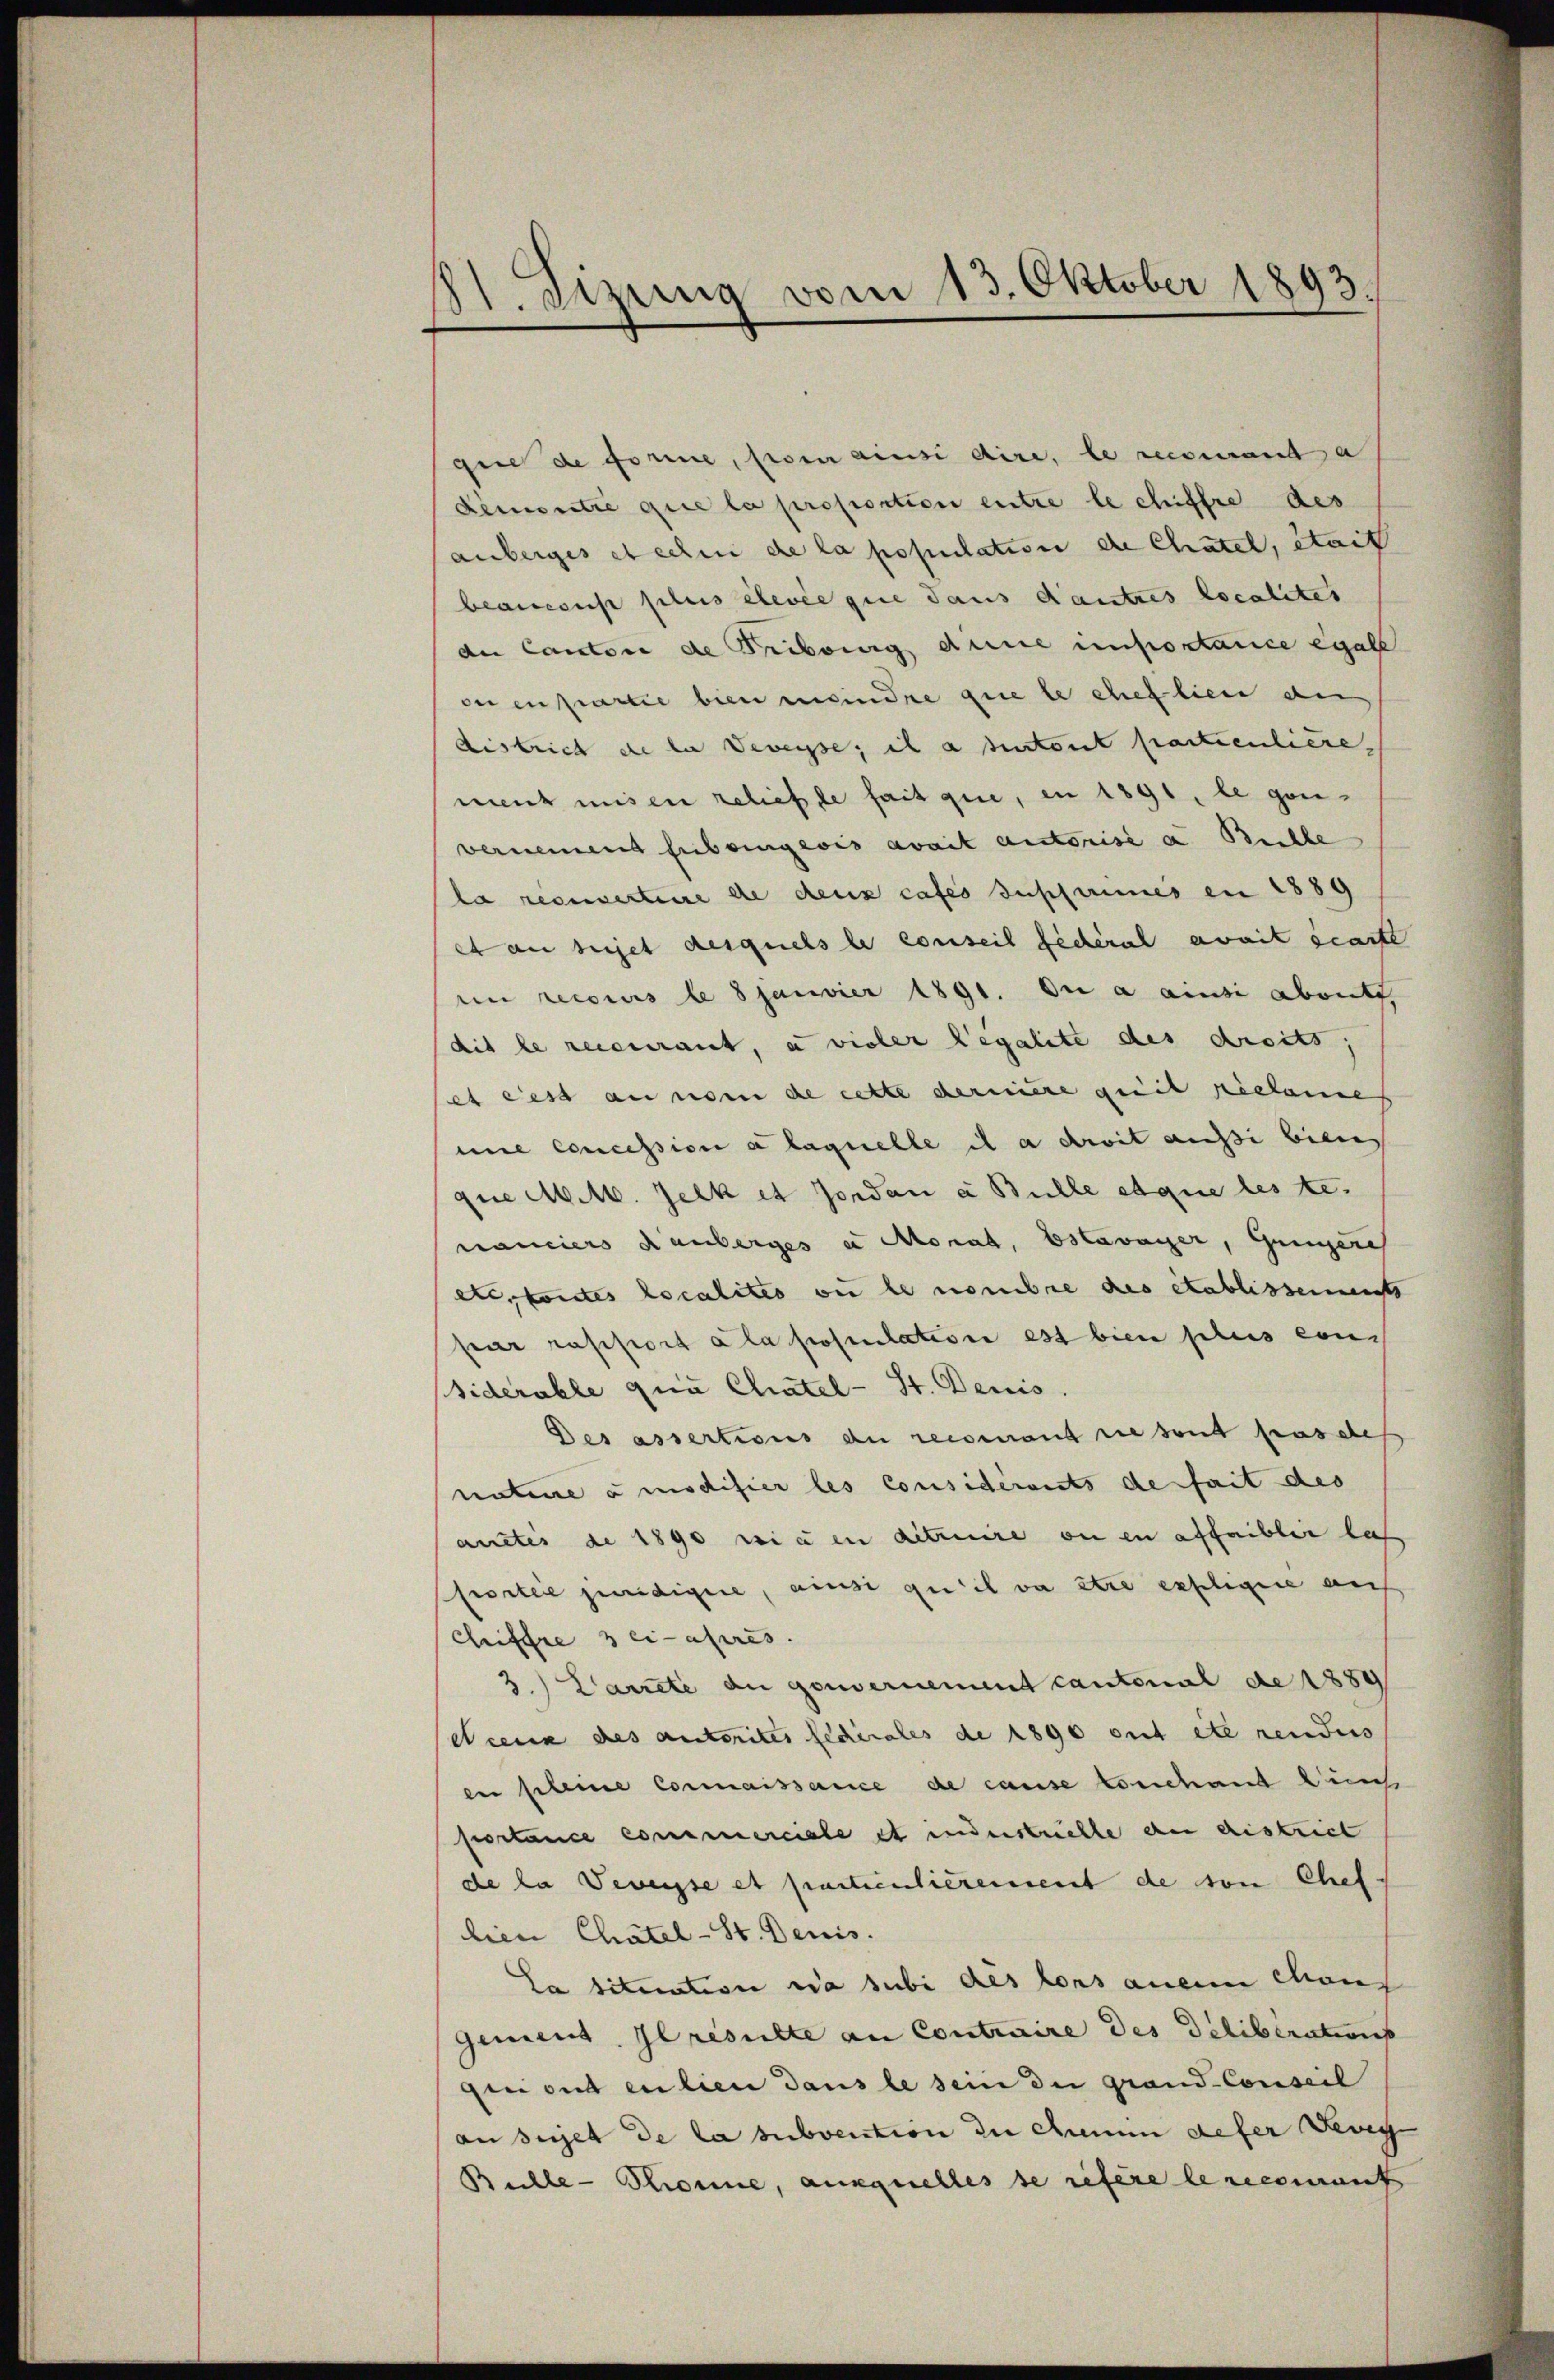
St. Sitzung vom 13. Oktober 1893.

gie de forme, son ainsi dire, le recomand a
Demontie que la proportion entre le chiffre des
anberges et celui de la population de Chatel, était
beansonst plus élevée que dans d’autres localites
der Cantone de Tribouig dinie importance egall
oi en partie bien meindre que le cheflien an
district de la Veveyse; il a detont partientiere
ment misen reliefe fait que, en 1891, le ganvernennend fiebringewis avait autorise a Buchle
la receverteure de deux cases Susannes en 1889
et au sujet desquels le conseil ficheral avait écarte
en recours le 8 Janvier 1891. Die a ainsi abent,
dit le recurant, a vieler Legalite des droits,
et cess au nom de cette dernière quit riclame
uie concession à laquelle il a droit aussi biens
quie M. M. Jelk et Jordan a Bulle et que les te.
nanciers Rauberges u Monat, Estavayer, Gengesch
etc, konntes localites ou le nombre des établissenst
par rapport a la postulation est bien plus cons
siderable qua Chätel- St. Denis.
Des assertions de recomant sie sont pas des
nature à modifier les considérants de fait des
anctis de 1890 wie in ditaire ou en affaiblir las
frostire pendigere, ainsi qu’il va stre expligire auf
Chiffre 3 ci-après.
3.) Darrete an gouvernement cantonal de 1889
Neene des autorites fédérales de 1890 ent etc rendes
en pleine Connaissance de cause Conchant Kuns
portance commerciale et inderstuelle an district
de la Veveysse et partienticrement de von Chef
lien Chätel-St. Denis.
Ca situation a subi des kons anein Chaus
genieut. Il resulte an Contraire des Deliberations
gen aus eilien dans le sein die grand-Conseil
ansiget de la subvention zu annum defer Devig
Bühle - Krone, auxquelles se refere le recomant